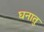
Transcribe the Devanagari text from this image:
घनातु